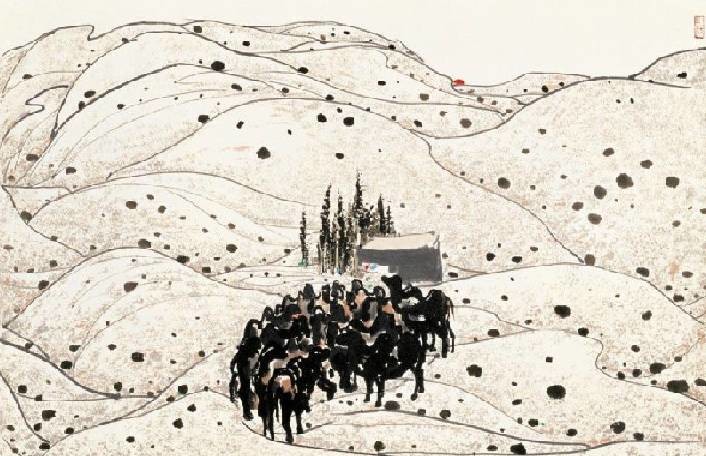
试问乡关何处是，水云浩荡迷南北。